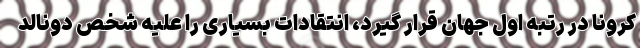
کرونا در رتبه اول جهان قرار گیرد، انتقادات بسیاری را علیه شخص دونالد